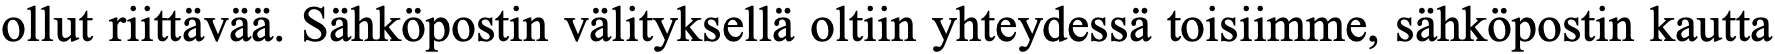
ollut riittävää. Sähköpostin välityksellä oltiin yhteydessä toisiimme, sähköpostin kautta